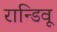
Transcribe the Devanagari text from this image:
रान्डिवू